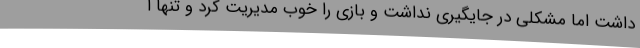
داشت اما مشکلی در جایگیری نداشت و بازی را خوب مدیریت کرد و تنها ا